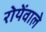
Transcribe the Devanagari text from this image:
रोयेंवाले